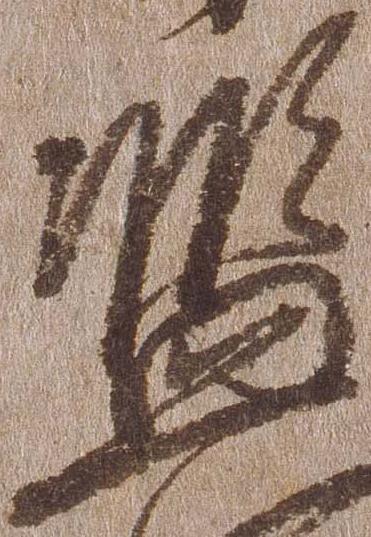
濫